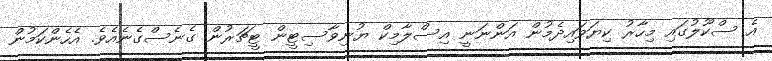
އެ ސްކޫލުގައި މިހާރު ކިޔަވައިދެމުން އަންނަނީ އިސްލާމިކް ޔުނިވާސިޓީން ޓީޗަރުން ގެނެސްގެނެއެވެ. އެހެންކަމުން